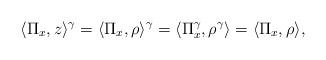
LaTeX: \begin{align*}\langle \Pi_x,z \rangle^{\gamma} = \langle \Pi_x,\rho\rangle^{\gamma} = \langle \Pi_x^{\gamma},\rho^{\gamma}\rangle = \langle \Pi_x,\rho\rangle, \end{align*}